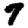
Digit: 7